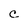
Character: C